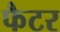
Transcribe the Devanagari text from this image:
फैटर